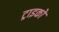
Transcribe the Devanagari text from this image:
ट्राइको